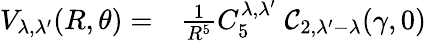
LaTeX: \begin{array}{rl}{V_{\lambda,\lambda^{\prime}}(R,\theta)=}&{{}\frac{1}{R^{5}}C_{5}^{\lambda,\lambda^{\prime}}\; {\cal C}_{2,\lambda^{\prime}-\lambda}(\gamma,0)}\end{array}